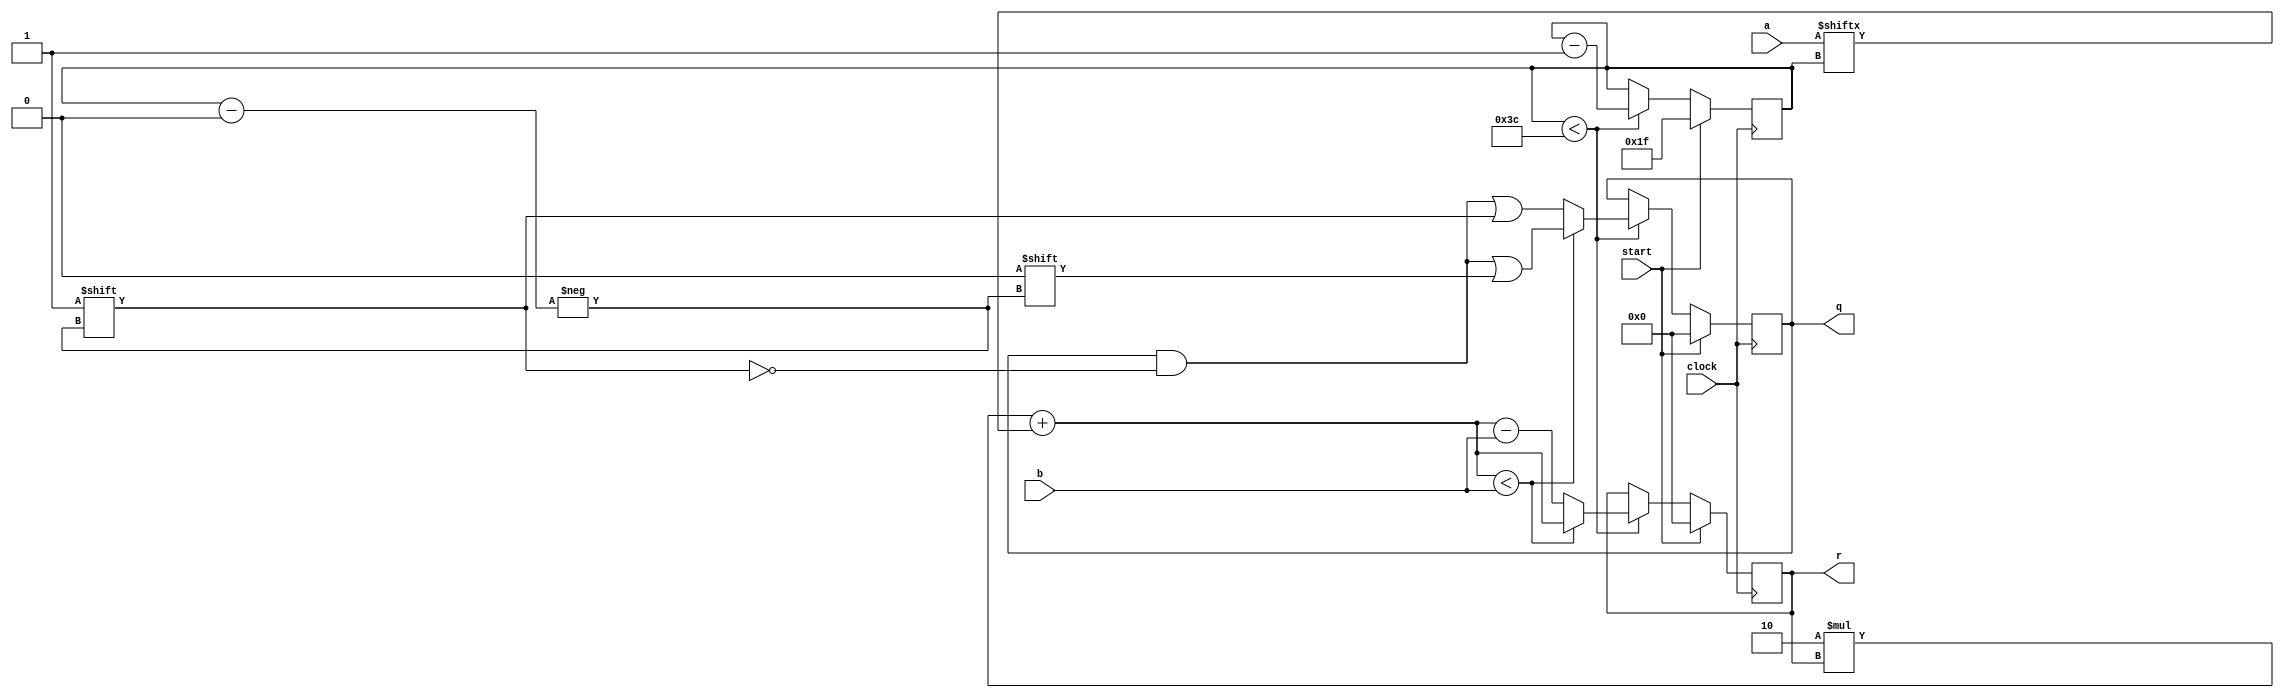
module Division(
	input         clock,
	input         start,
	input  [31:0] a,
	input  [31:0] b,
	output [31:0] q,
	output [31:0] r
);

reg [31:0] r,q,rs;
reg [6:0] i;

always @ (posedge clock) begin
	if(start) begin
		//a<=a;b<=b;
		q<=0;i<=31; r<=0;rs<=0;
	end else
	if(i<60) begin
		begin
			rs= 2* r + a[i];
			if(rs<b) begin
				q[i]=0;r=rs; i=i-1;
			end else
				begin
					q[i]=1;r=rs-b; i=i-1;
				end
			
		end
	end

end


endmodule